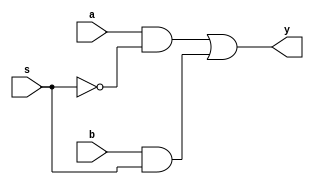
`timescale 1ns / 1ps
//////////////////////////////////////////////////////////////////////////////////
// Company: 
// Engineer: 
// 
// Design Name: 
// Module Name:    MUX_2x1 
// Project Name: 
// Target Devices: 
// Tool versions: 
// Description: 
//
// Dependencies: 
//
// Revision: 
// Revision 0.01 - File Created
// Additional Comments: 
//
//////////////////////////////////////////////////////////////////////////////////
module MUX_2x1(
    input a,
    input b,
    input s,
    output y
    );
	 
	 wire w1,w2,w3;
	 not(w3,s);
	 and(w1,a,w3);
	 and(w2,b,s);
	 or(y,w1,w2);

endmodule